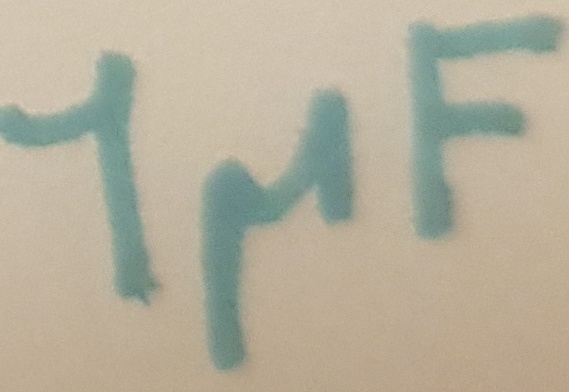
Text: 1µF